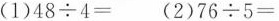
(1)$$ 4 8 \div 4 =$$ (2)$$ 7 6 \div 5 =$$